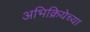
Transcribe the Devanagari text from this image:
अभिक्रियेच्या